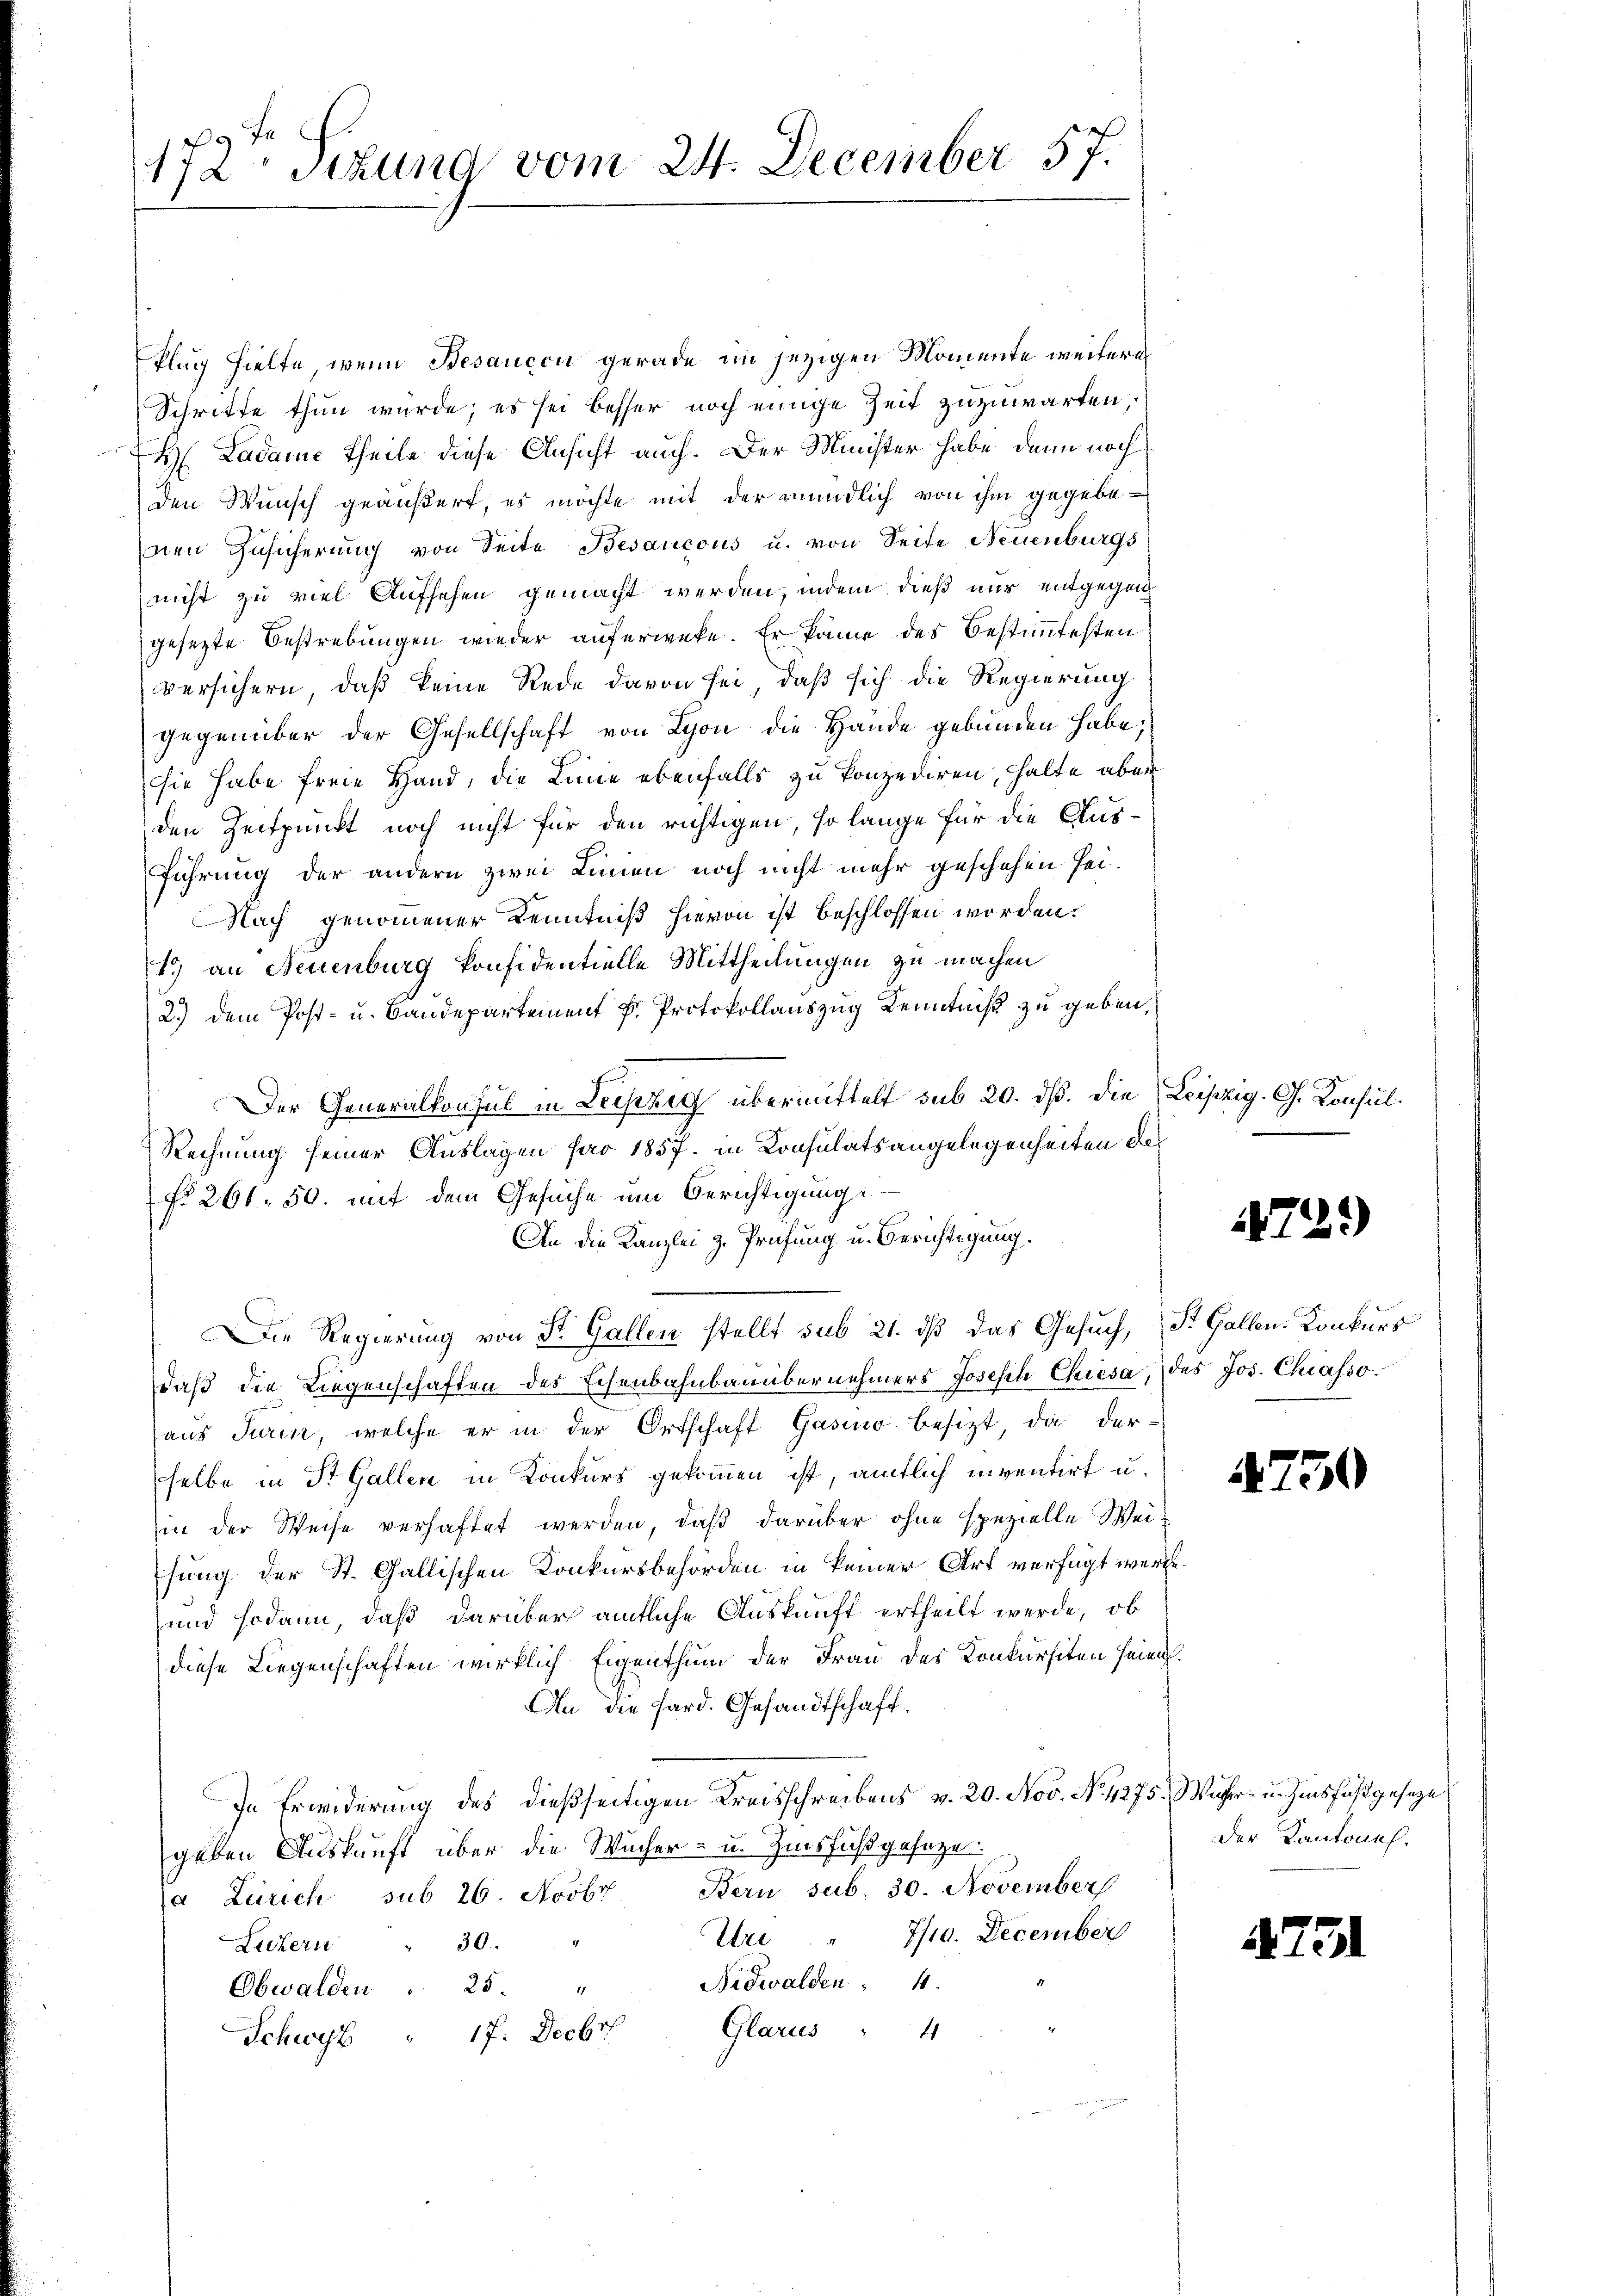
172. Sitzung vom 24. December 57.

flug hielte, wenn Besaucon gerade im jezigen Momente weitere
Schritte thun wurde; es sei besser noch einige Zeit zuzuwarten,
H Ladame Theile diese Ansicht auch. Der Minister habe dann noch
den Wunsch geäußert, es möchte mit der mündlich von ihm gegebenen Zusicherung von Seite Besaucous u. von Seite Neuenburgs
nicht zu viel Aufsehen gemacht werden, indem dieß nur entgegen
gesezte Bestrebungen wieder auferwete. Er könne des Bestimmtesten
versichern, daß keine Rede davon sei, daß sich die Regierung
gegenüber der Gesellschaft von Lyon die Hände gebunden habe;
sie habe freie Hand, die Linie ebenfalls zu konzediren, halte aber
den Zeitpunkt noch nicht für den richtigen, so lange für die Ausführung der andern zwei Linien noch nicht mehr geschehen sei.
Nach genommener Kenntniß hievon ist beschlossen worden.
1) an Neuenburg konfidentielle Mittheilungen zu machen
2.) Dem Post- u. Baudepartement v. Protokollauszug Kenntniß zu geben,
Der Generalkonsul in Lechzig übermittelt sub 20. dß. Die Leipzig. G. Konsul¬
Rechnung seiner Auslagen für 1857. in Konsulatsangelegenheiten des
No 261. 50. mit dem Gesuche um Berichtigung
An die Kanzlei z. Prüfung u. Berichtigung.
Die Regierung von St. Gallen stellt sub 21. dß das Gesuch, St. Gallen. Konkurs
daß die Liegenschaften des Eisenbahnbauübernehmers Joseph Chiesa, des Jos. Chiasso.
aus Turin, welche er in der Ortschaft Gasino besizt, da derselbe in St. Gallen in Konkurs gekommen ist, amtlich inventirt u.
in der Weise verhaftet werden, daß darüber ohne spezielle Weisung der St. Gallischen Konkursbehörden in keiner Art verfügt werde.
und sodann, daß darüber amtliche Auskunft ertheilt werde, ob
diese Liegenschaften wirklich Eigenthum der Frau des Konkursiten seien.
An die Hard. Gesandtschaft.
In Erwiderung des dießseitigen Kreisschreibens v. 20. Nov. No. 4275. Wahr- u. Zinsfuß geseze
geben Auskunft über die Wucher- u. Zinsfuß geseze
Bern sub. 30. November
a Zürich sub 26. Novbr
Ure " 7/10. December
Lickern " 30.
Nidwalden 4.
Obwalden 25.
Glarus " 4
Schwyz " 17. Decbr

1721)

4750

der Kantonal.

473